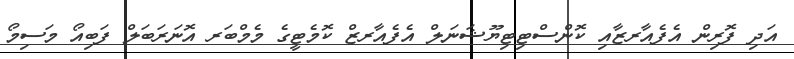
އަދި ފޮރިން އެފެއާރޒާއި ކޮންސްޓިޓިޔޫޝަނަލް އެފެއާރޒް ކޮމެޓީގެ މެމްބަރ އޮނަރަބަލް ފަބިއޯ މަސިމޯ